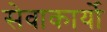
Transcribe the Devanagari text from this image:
सेवाकार्यो